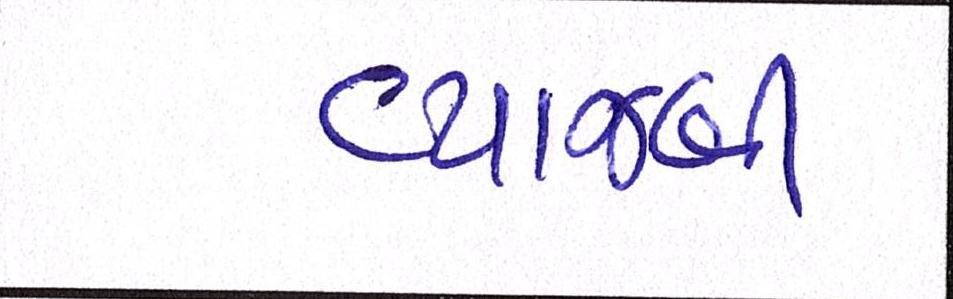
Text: વ્યાજબી